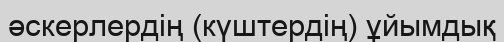
әскерлердің (күштердің) ұйымдық